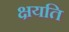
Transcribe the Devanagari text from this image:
क्षयति